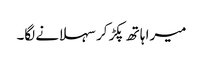
میرا ہاتھ پکڑ کر سہلانے لگا۔